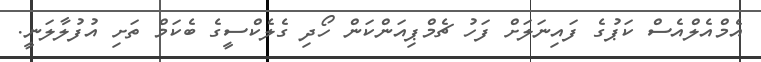
އެމްއެލްއެސް ކަޕުގެ ފައިނަލަށް ފަހު ޗެމްޕިއަންކަން ހޯދި ގެލެކްސީގެ ބެކަމް ތަށި އުފުލާލަނީ.